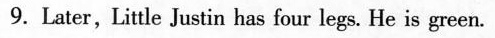
9. Later, Little Justin has four legs. He is green.